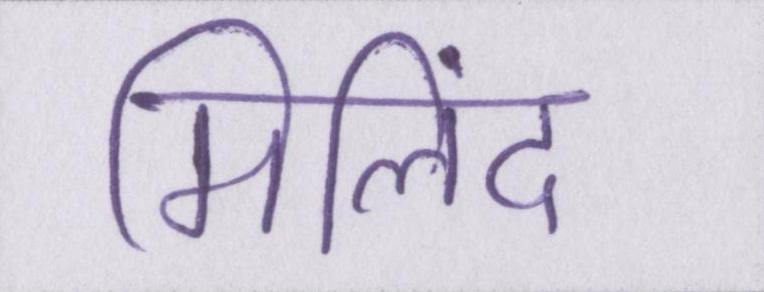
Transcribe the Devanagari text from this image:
मिलिंद